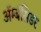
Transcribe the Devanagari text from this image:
ॲम्बॅसिडर